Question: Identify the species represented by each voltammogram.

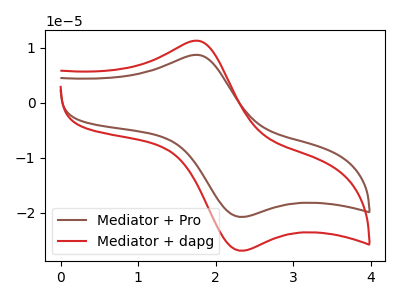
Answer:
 <answer>The brown curve is labeled "Mediator + Pro". The red curve is labeled "Mediator + dapg".</answer>
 <eval></eval>